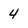
Character: 4